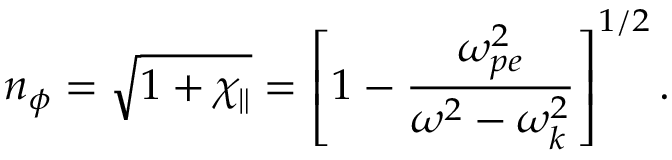
n _ { \phi } = \sqrt { 1 + \chi _ { \parallel } } = \left[ 1 - \frac { \omega _ { p e } ^ { 2 } } { \omega ^ { 2 } - \omega _ { k } ^ { 2 } } \right] ^ { 1 / 2 } .